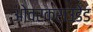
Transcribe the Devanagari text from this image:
ओवरक्राउडेड